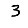
Digit: 3